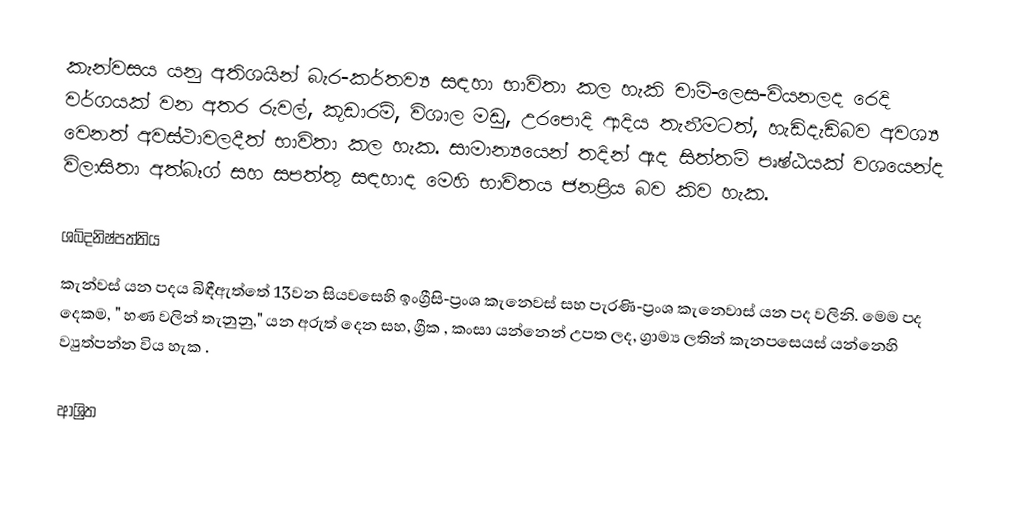
කැන්වසය යනු අතිශයින් බැර-කර්තව්‍ය සඳහා භාවිතා කල හැකි චාම්-ලෙස-වියනලද රෙදි වර්ගයක් වන අතර රුවල්, කූඩාරම්, විශාල මඩු, උරපොදි ආදිය තැනීමටත්, හැඩිදැඩිබව අවශ්‍ය වෙනත් අවස්ථාවලදීත් භාවිතා කල හැක. සාමාන්‍යයෙන් තදින් ඇද  සිත්තම් පෘෂ්ඨයක් වශයෙන්ද විලාසිතා අත්බෑග් සහ සපත්තු සඳහාද මෙහි භාවිතය ජනප්‍රිය බව කිව හැක.

ශබ්දනිෂ්පත්තිය
කැන්වස් යන පදය බිඳීඇත්තේ  13වන සියවසෙහි ඉංග්‍රීසි-ප්‍රංශ කැනෙවස් සහ  පැරණි-ප්‍රංශ කැනෙවාස් යන පද වලිනි. මෙම පද දෙකම,  " හණ වලින් තැනුනු," යන අරුත් දෙන සහ, ග්‍රීක , කංසා යන්නෙන් උපත ලද,  ග්‍රාම්‍ය ලතින් කැනපසෙයස් යන්නෙහි  ව්‍යුත්පන්න විය හැක  .

ආශ්‍රිත